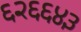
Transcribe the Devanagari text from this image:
६२६६४३